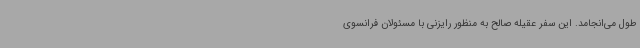
طول می‌انجامد. این سفر عقیله صالح به منظور رایزنی با مسئولان فرانسوی